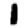
Digit: 1